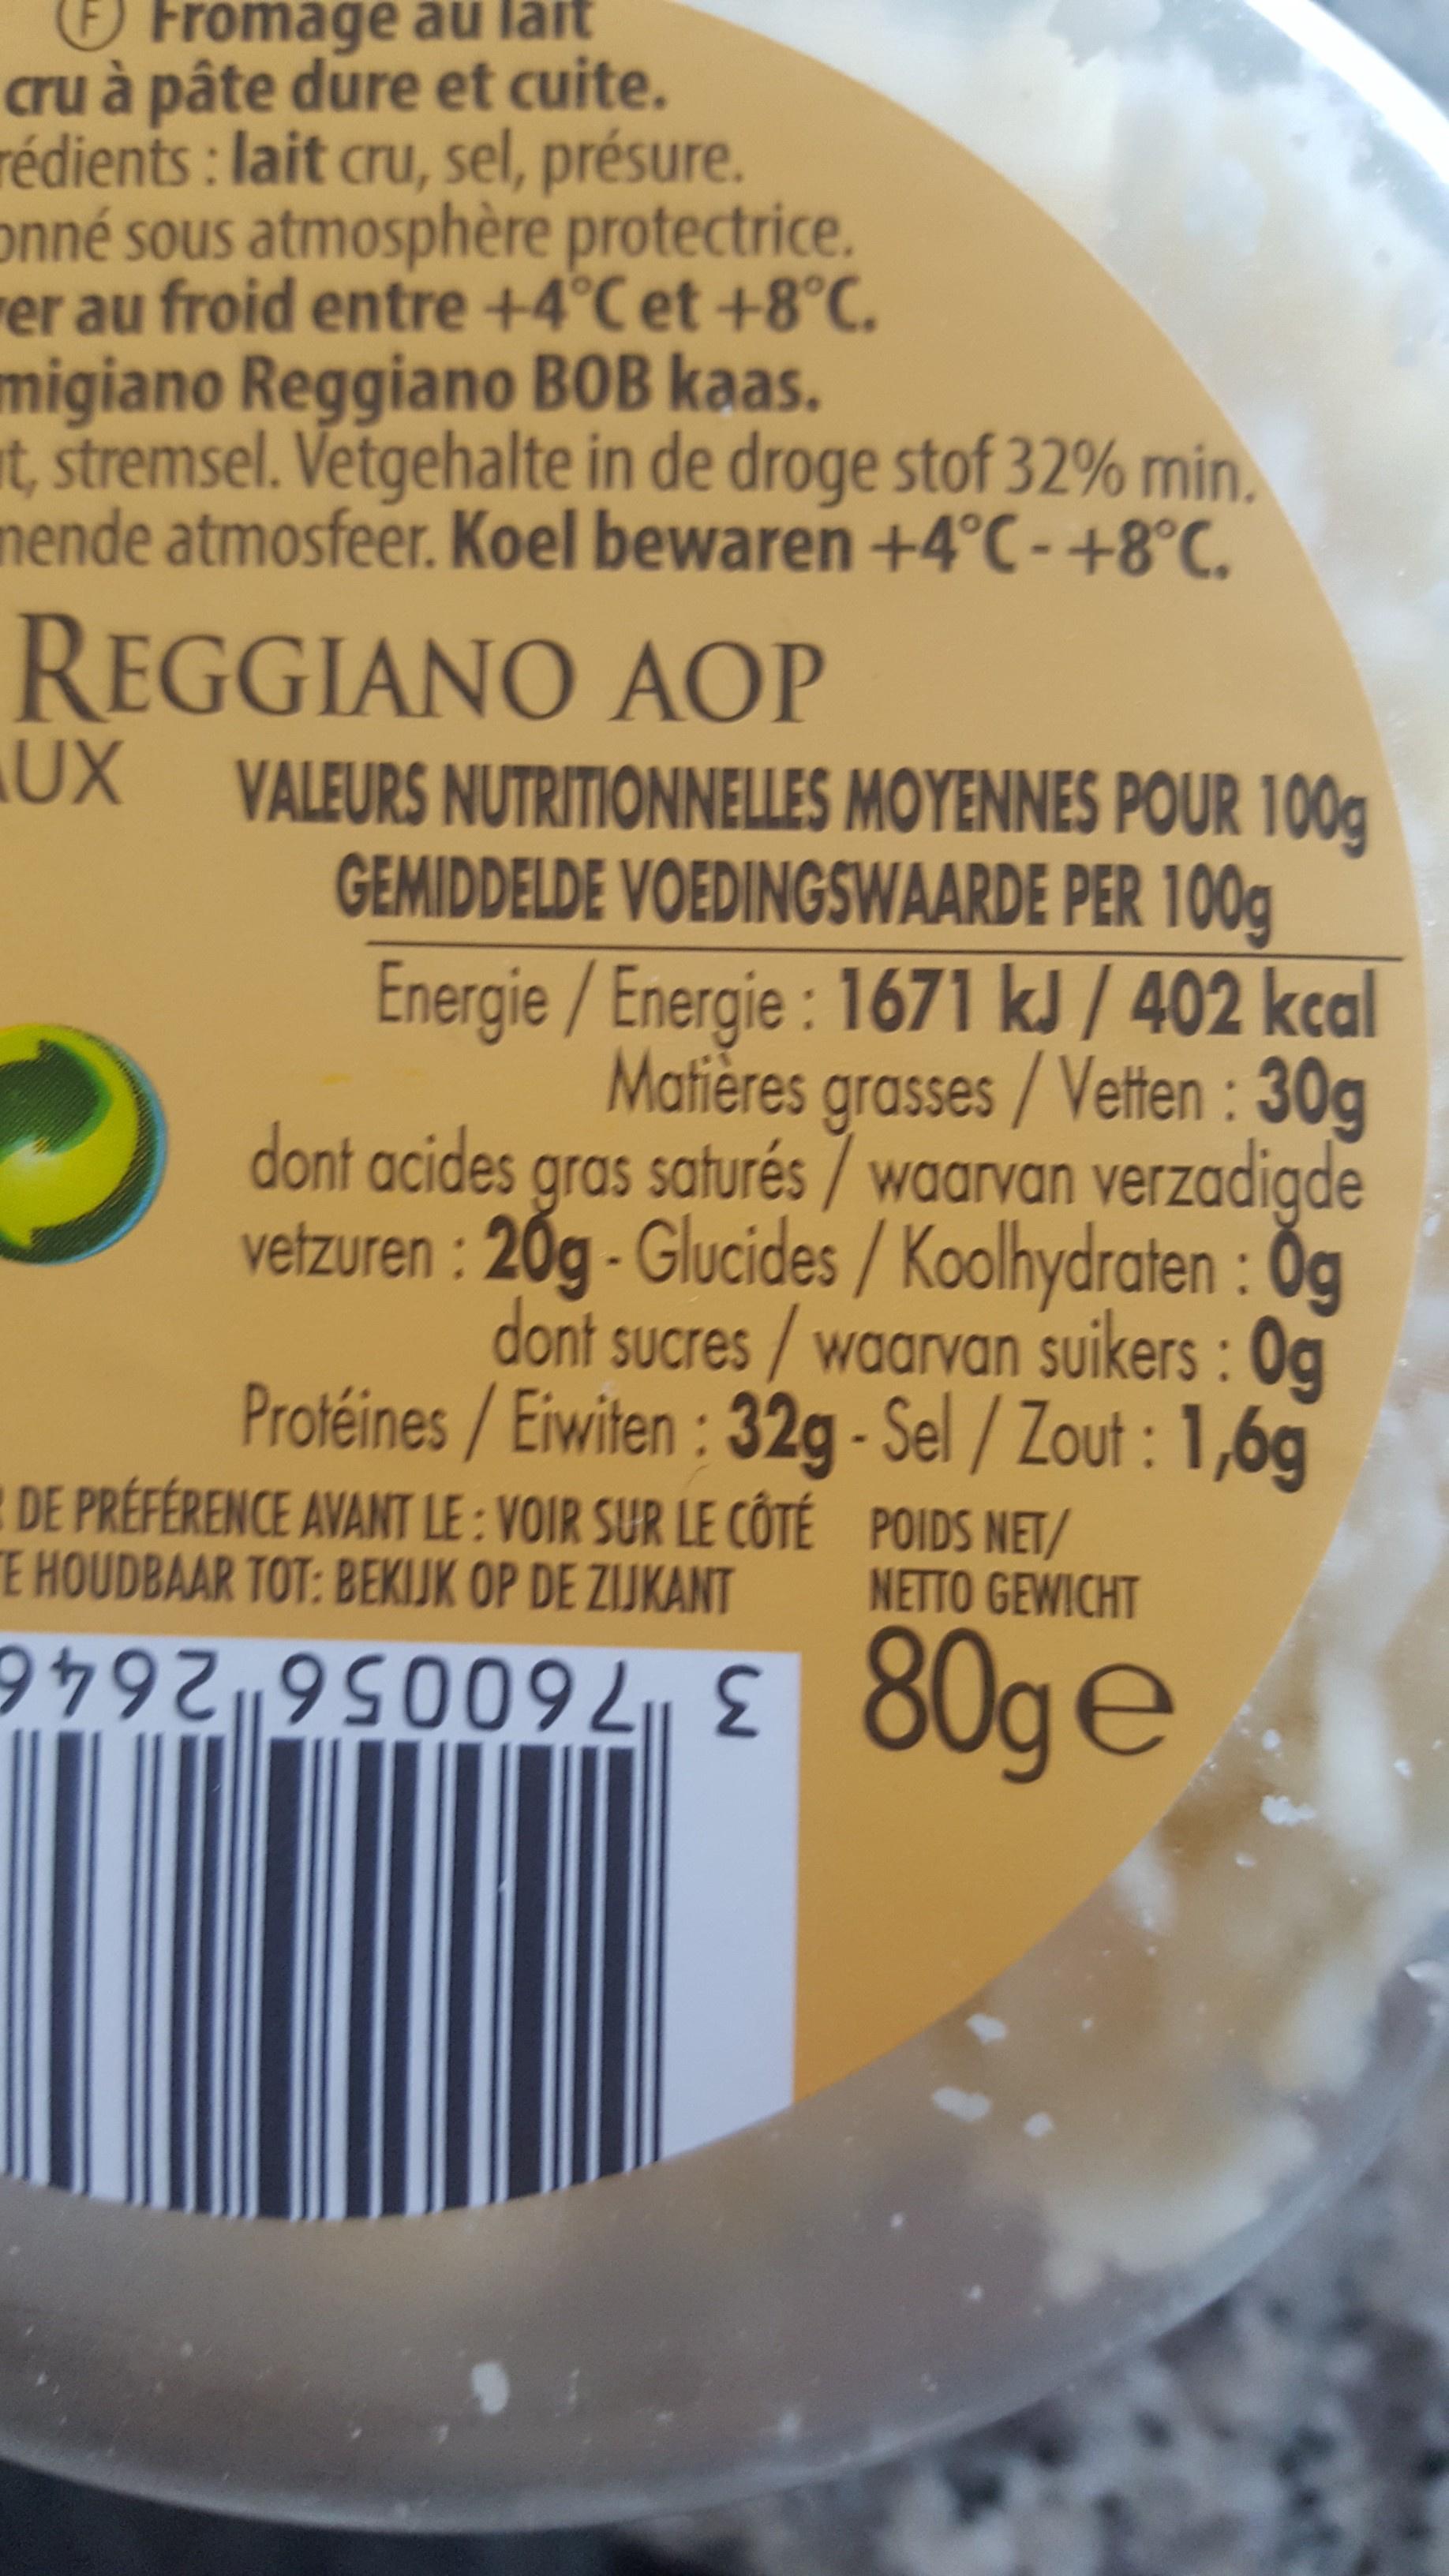
Fromage âu läit
cru à pâte dure et cuite. rédients: lait cru, sel, présure. onné sous atmosphère protectrice. rer au froid entre +4°C et +8°C. migiano Reggiano BOB kaas. It, stremsel. Vetgehalte in de droge stof 32% min. nende atmosfeer. Koel bewaren +4°C - +8°C.
REGGIANO AOP
UX
VALEURS NUTRITIONNELLES MOYENNES POUR 100g GEMIDDELDE VOEDINGSWAARDE PER 100g Energie/Energie : 1671 kJ / 402 kcal Matières grasses/ Vetten : 30g dont acides gras saturés / waarvan verzadigde vetzuren : 20g - Glucides/ Koolhydraten : Og dont sucres/waarvan suikers : 0g Protéines/Eiwiten: 32g - Sel / Zout : 1,6g
NO
DE PRÉFÉRENCE AVANT LE : VOIR SUR LE CÔTÉ POIDS NET/ TE HOUDBAAR TOT: BEKIJK OP DE ZIJKANT
NETTO GEWICHT
28 3 760056"2646